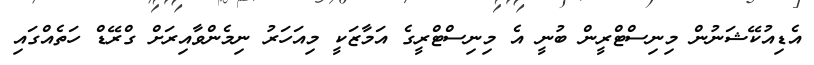
އެޑިއުކޭޝަނުން މިނިސްޓްރީން ބުނީ އެ މިނިސްޓްރީގެ އަމާޒަކީ މިއަހަރު ނިމެންވާއިރަށް ގްރޭޑް ހަތެއްގައި